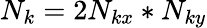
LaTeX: N_{k}=2N_{kx}*N_{ky}